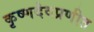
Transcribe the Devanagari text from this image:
कृष्णदेवप्रणीत